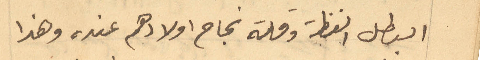
البطل الفظة وقلة نجاح اولادهم عنده وهذا